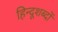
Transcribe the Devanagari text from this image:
हिन्दूशब्दों